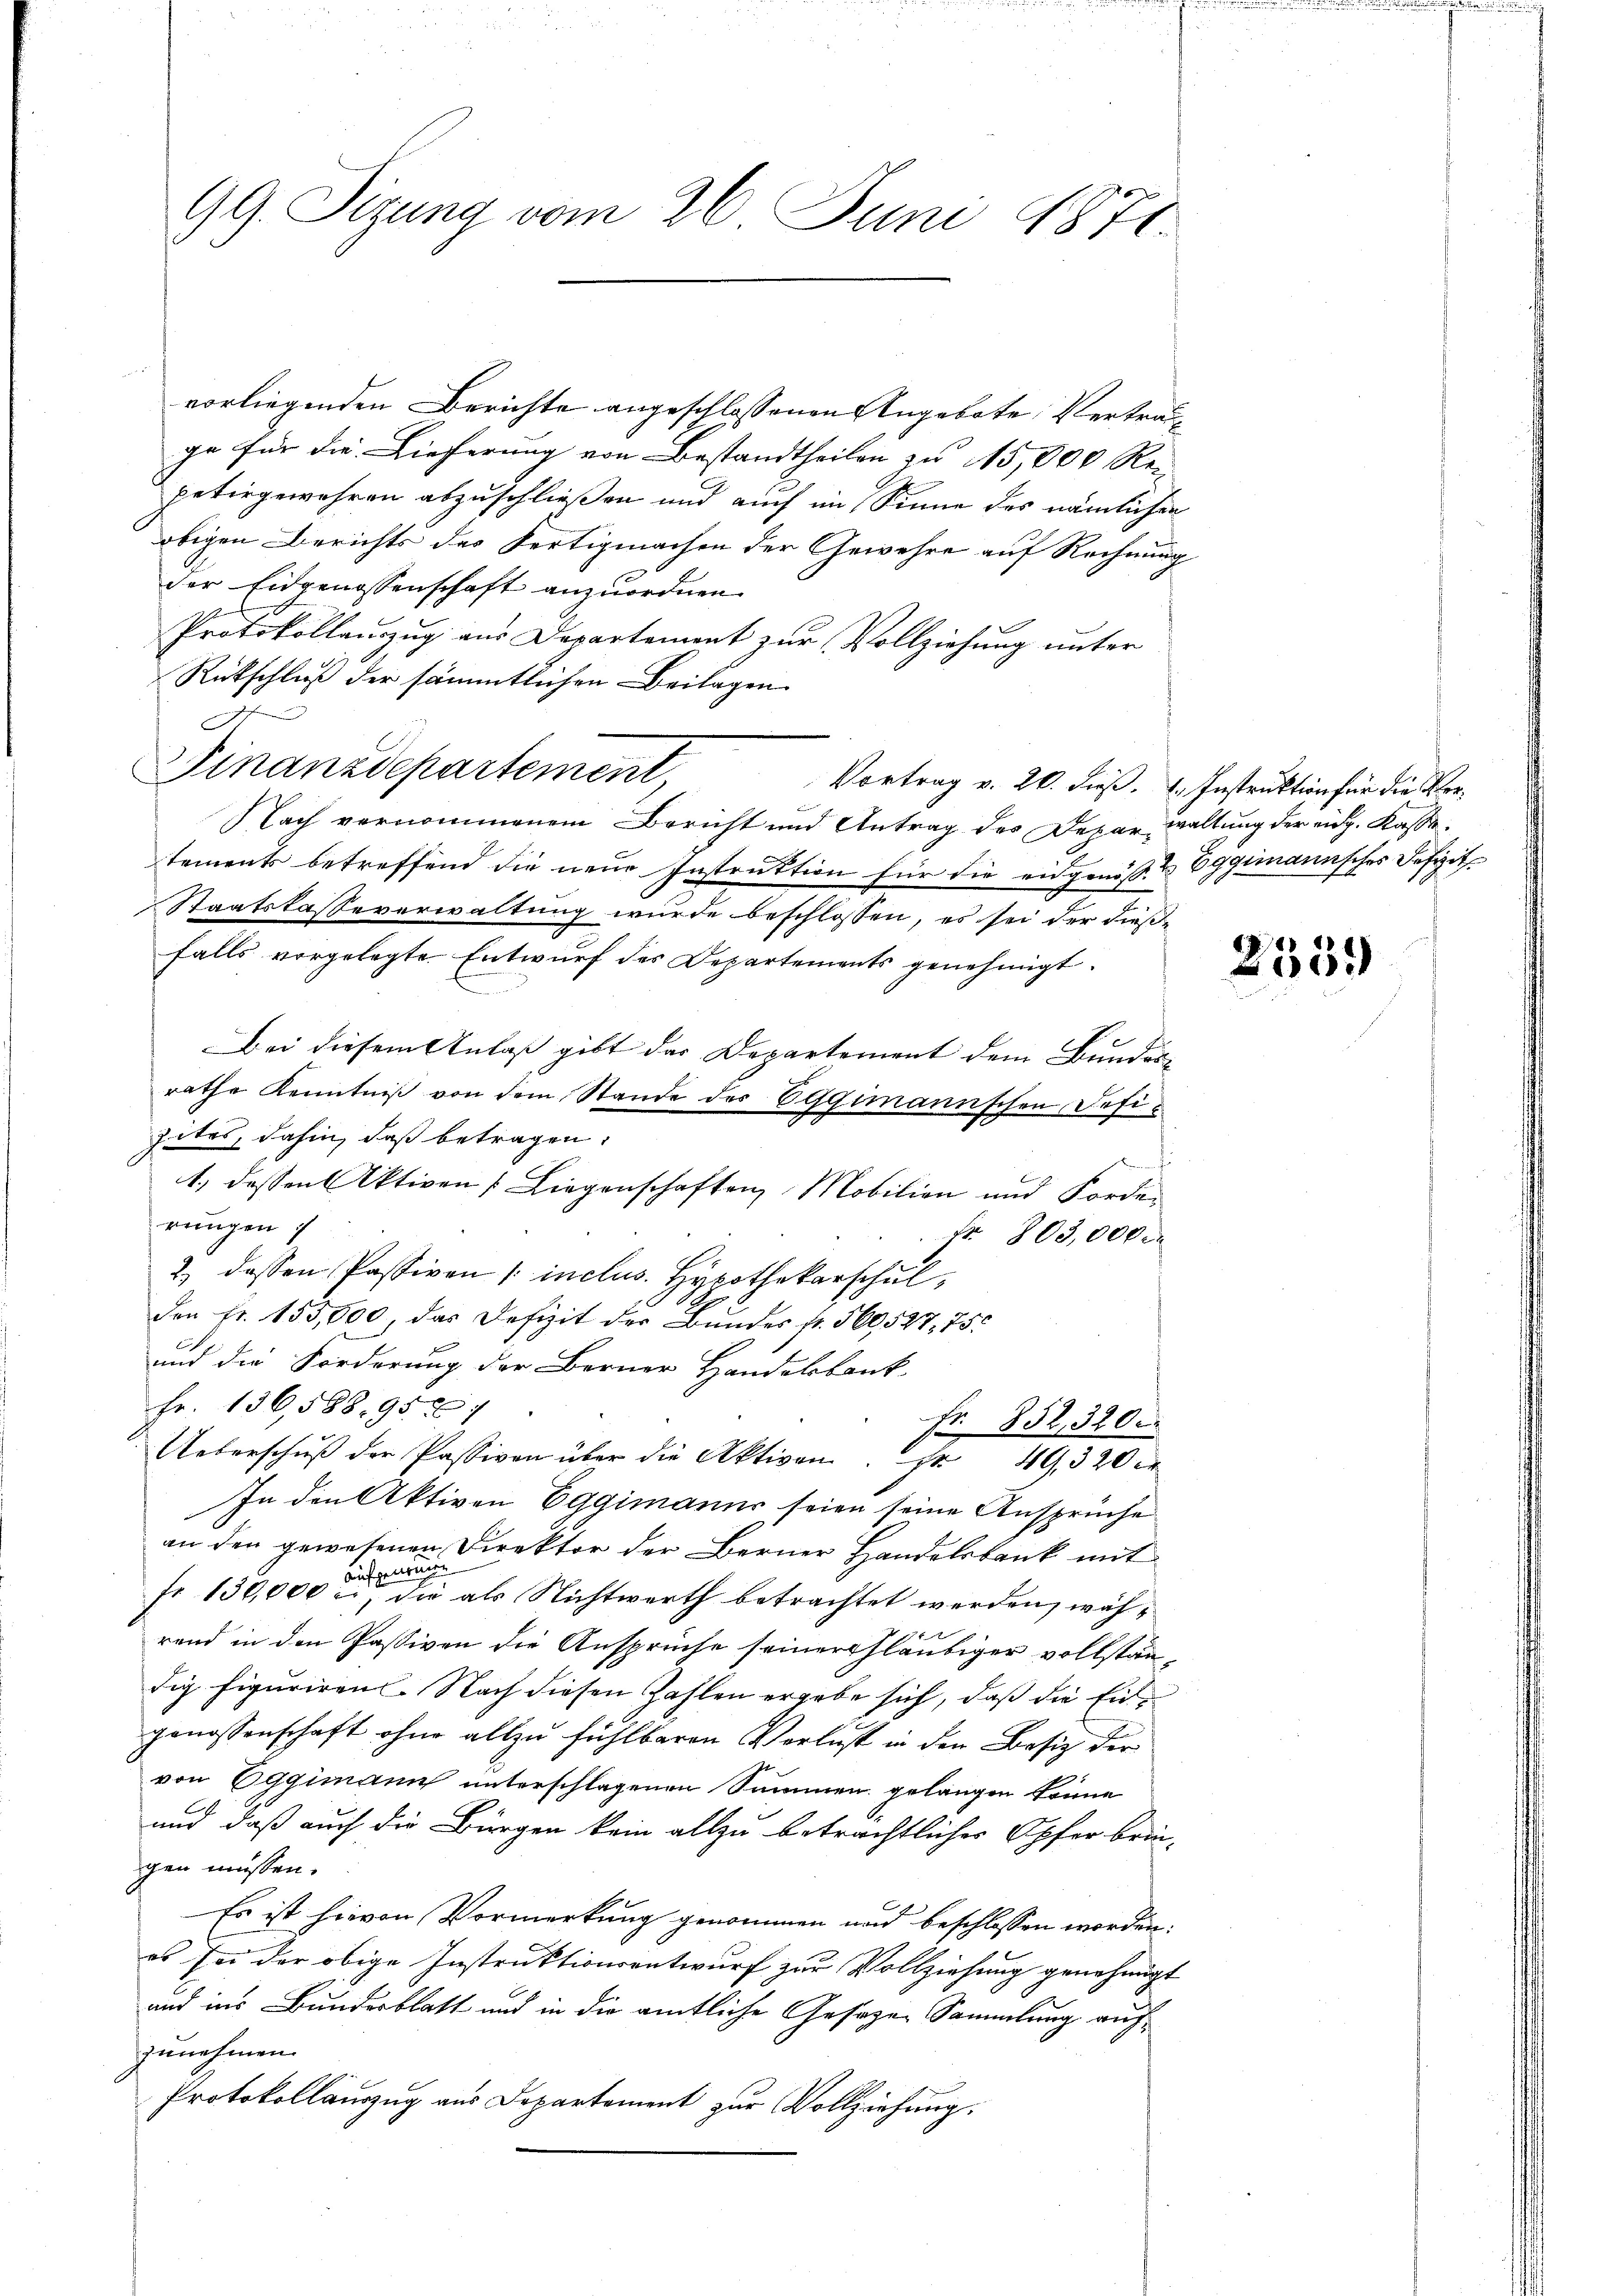
99. Sizung vom 26. Juni 1871.

vorliegenden Berichte angeschlossenen Angebote, Vertragge für die Lieferung von Bestandtheilen zu 15,000 Rei
petirgewahren abzuschließen und auch im Sinne des nämlichen
obigen Berichts des Fertigmachen der Gewehre auf Rechnung
der Eidgenossenschaft anzuordnen.
Protokollanzzug aus Departement zur Vollziehung unter
Rütschluß der sämmtlichen Beilagen
f
Finanzdepartement,
Vortrag v. 20. dieß. Instruktion für die Ver¬
Nach vernommenem Bericht und Antrag des Depar, waltung der eidg. Kasse
tements betreffend die neue Instruktion für die eidgenöß- & Eggimannsches Defizit
Staatskasseverwaltung wurde beschlossen, es sei der dieß-
falls vorgelegte. Entwurf des Departements genehmigt.
Bei diesem Anlaß gibt das Departement dem Bundesrathe Kenntniß von dem Stande der Eggimannschen Defizites, dahin, daß betragen,
en J
1., dessen Aktiven Liegenschaften Mobilien und Forderungen
Fr. 803,000
2) dessen Passiven / inclus. Hypothekarschul
den Fr. 155,000, das Defizit der Bundes fr. 560527, 755
f
und die Forderung der Berner Handelbank
Fr. 136,588. 95. 567
Fr. 832,3200
Ueberschŭβ der Passiven über die Aktiven. 149, 320 er
In den Aktiven Eggimanns seien seine Ansprüche
an den gewesenen Direktor der Berner Handelsbank mit
aufgenommen.
fr 130,000 er, die als Nichtwerth betrachtet werden, wäh¬
0 f 4 x
rend in den Passiven die Ansprüche seiner Gläubiger vollständig figuriren. Nach diesen Zahlen ergebe sich, daß die Eingenossenschaft ohne allzu fühlbaren Verlust in den Besitz der
von Eggimann unterschlagenen Summen gelangen könne
und daß auch die Bürgen kein allzu beträchtlicher Opfer brin-
gen müssen.
Es ist hievon Vormerkung genommen und beschlossen worden.
es sei der obige Instruktionsentwurf zur Vollziehung genehmigt
und ins Bundesblatt und in die amtliche Gesetzen Sammlung aufzunehmen.
Protokollauszug aus Departament zur Vollziehung.

19
35.)